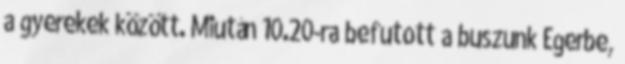
a gyerekek között. Miután 10.20-ra befutott a buszunk Egerbe,